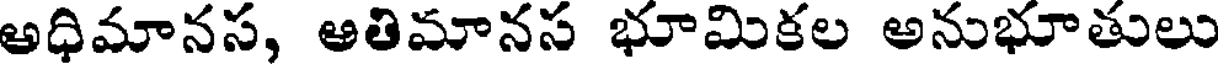
అధిమానస, ఆతిమానస భూమికల అనుభూతులు